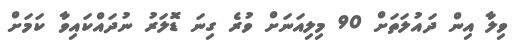
ވިލާ އިން ދައުލަތަށް 90 މިލިއަނަށް ވުރެ ގިނަ ޑޮލަރު ނުދައްކައިވާ ކަމަށް